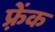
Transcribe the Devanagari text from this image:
फ़्रेंक